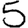
Digit: 5